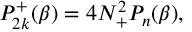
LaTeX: { \cal P } _ { 2 k } ^ { + } ( \beta ) = 4 N _ { + } ^ { 2 } { \cal P } _ { n } ( \beta ) ,